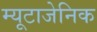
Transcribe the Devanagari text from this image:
म्यूटाजेनिक